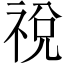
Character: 祱